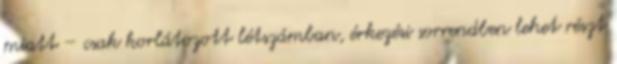
miatt – csak korlátozott létszámban, érkezési sorrendben lehet részt